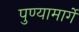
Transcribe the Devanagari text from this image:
पुण्यामार्गे